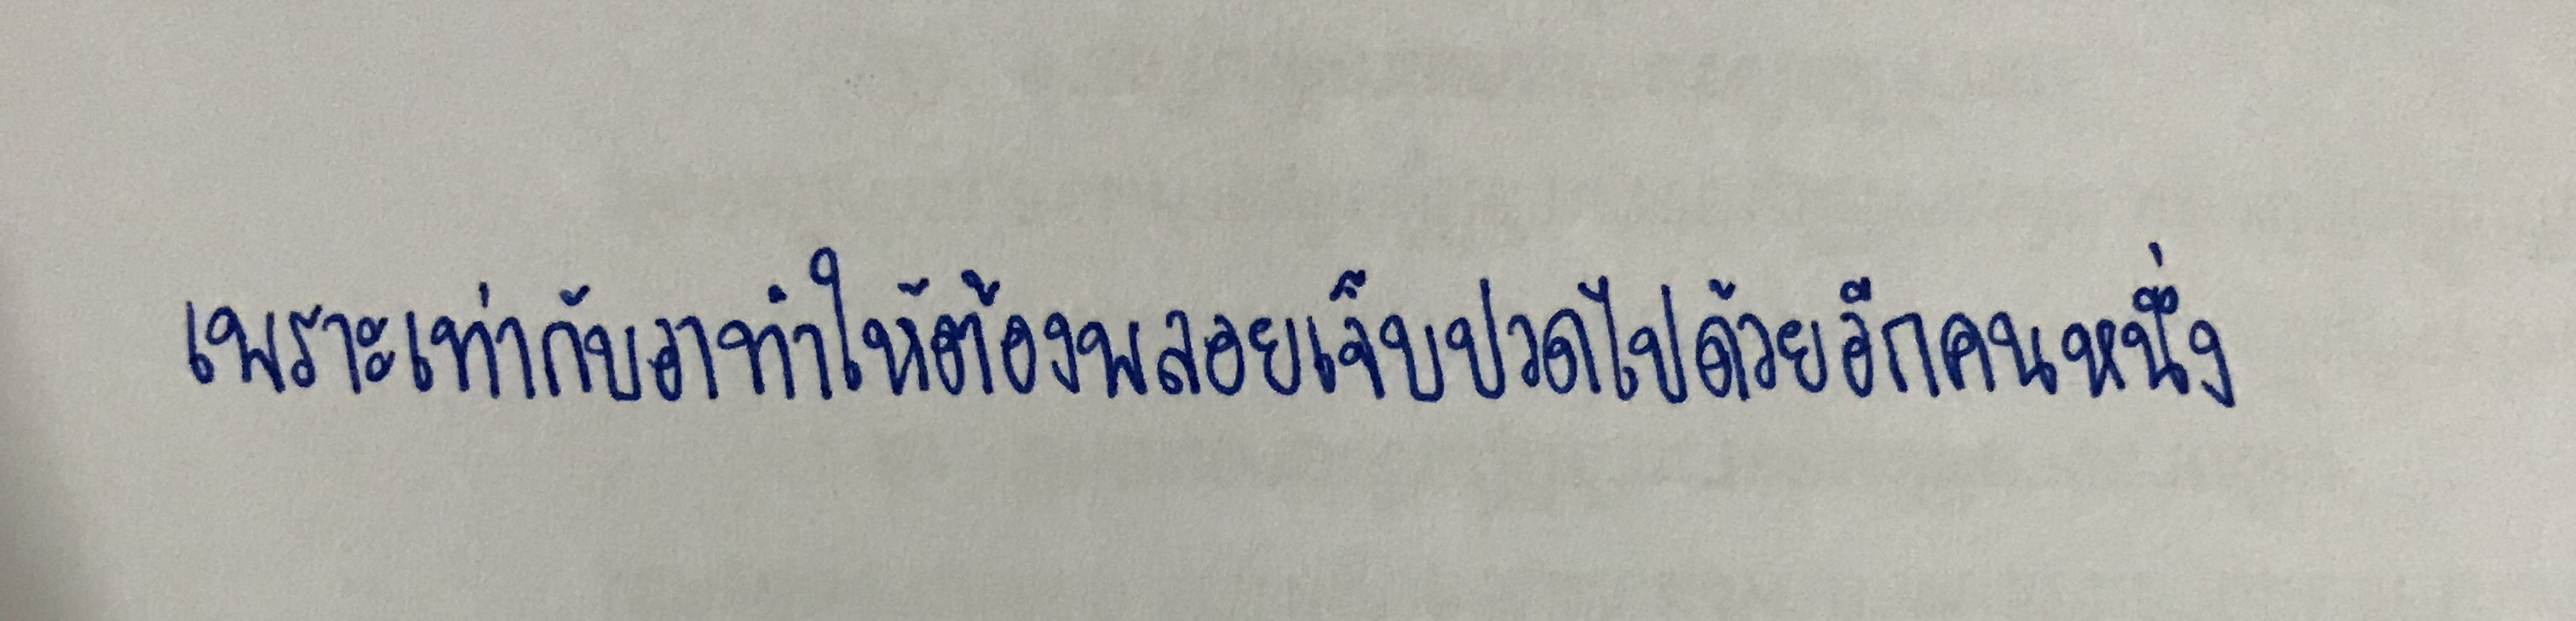
เพราะเท่ากับอาทำให้ต้องพลอยเจ็บปวดไปด้วยอีกคนหนึ่ง"